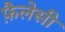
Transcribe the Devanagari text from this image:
फ़ैलेसी